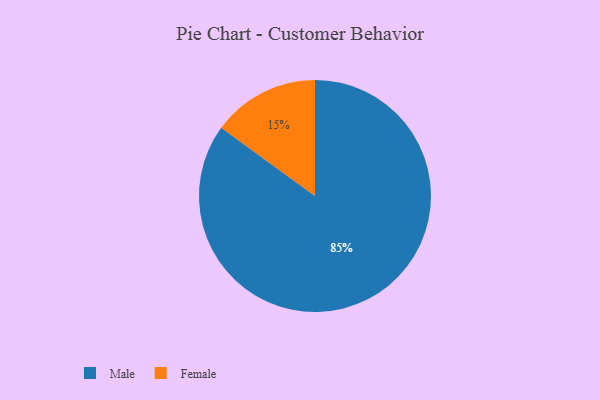
{"axis": {"x": "Category", "y": "Percentage"}, "legend": ["Female", "Male"], "data": [{"x": "Female", "y": 15, "type": "Female"}, {"x": "Male", "y": 85, "type": "Male"}]}